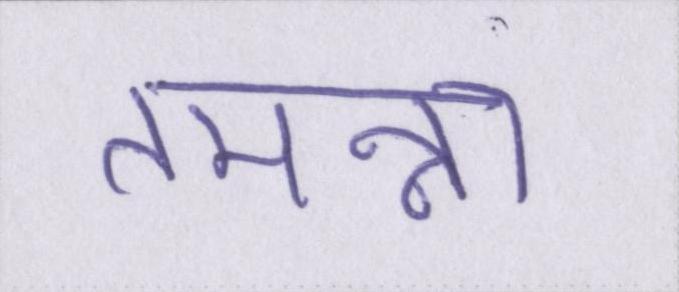
तमन्ना